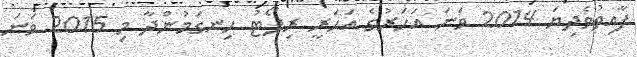
ފާއިތުވެދިޔަ 2014 ވަނަ އަހަރުގެ އަހަރީ ރިޕޯޓު ހިނގަމުންދާ މި 2015 ވަނަ